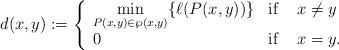
LaTeX: \begin{align*}d(x,y):=\left\{ \begin{array}{ll}\displaystyle\min_{P(x,y)\in \wp(x,y)}\{\ell(P(x,y))\} & \mbox{if} \, \ \ \ x\neq y\\0 & \mbox{if} \, \ \ \ x=y. \end{array} \right.\end{align*}